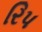
રિપ